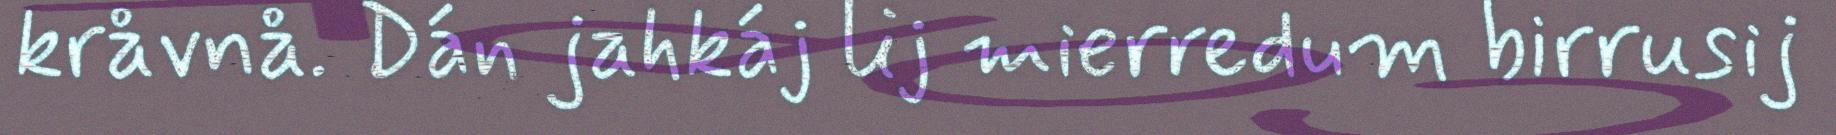
kråvnå. Dán jahkáj lij mierredum birrusij